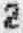
2